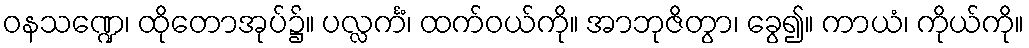
ဝနသဏ္ဍေ၊ ထိုတောအုပ်၌။ ပလ္လင်္ကံ၊ ထက်ဝယ်ကို။ အာဘုဇိတွာ၊ ခွေ၍။ ကာယံ၊ ကိုယ်ကို။